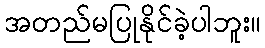
အတည်မပြုနိုင်ခဲ့ပါဘူး။